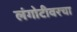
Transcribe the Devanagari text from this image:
लंगोटीवरचा